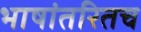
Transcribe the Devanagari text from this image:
भाषांतरितच